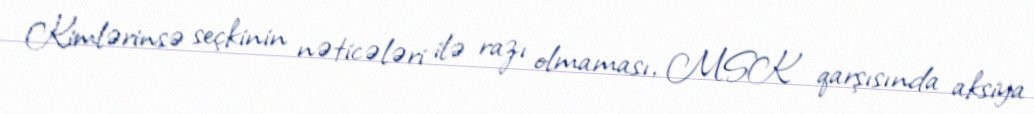
Kimlərinsə seçkinin nəticələri ilə razı olmaması, MSK qarşısında aksiya